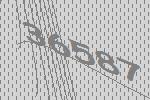
36587